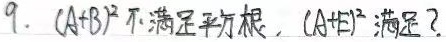
9. \((A + B)^2\)不满足完全平方公式，\((A\pm E)^2\)满足吗？